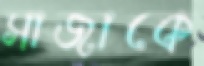
সাজাকে